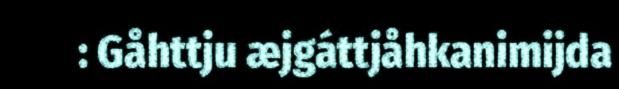
: Gåhttju æjgáttjåhkanimijda